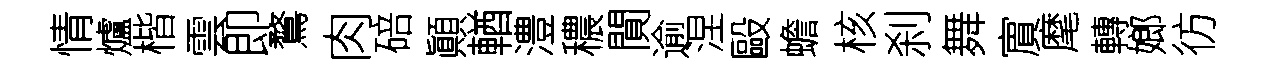
情爐楷雲即鶩肉碚顚輶澧穠閴逾涅毆蟾核刹舞賔麾轉嫏彷